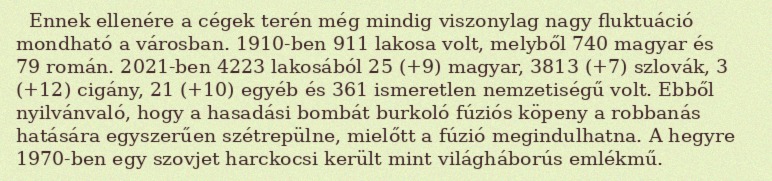
Ennek ellenére a cégek terén még mindig viszonylag nagy fluktuáció mondható a városban. 1910-ben 911 lakosa volt, melyből 740 magyar és 79 román. 2021-ben 4223 lakosából 25 (+9) magyar, 3813 (+7) szlovák, 3 (+12) cigány, 21 (+10) egyéb és 361 ismeretlen nemzetiségű volt. Ebből nyilvánvaló, hogy a hasadási bombát burkoló fúziós köpeny a robbanás hatására egyszerűen szétrepülne, mielőtt a fúzió megindulhatna. A hegyre 1970-ben egy szovjet harckocsi került mint világháborús emlékmű.